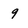
Character: 9